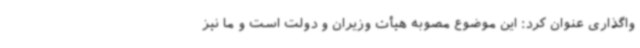
واگذاری عنوان کرد: این موضوع مصوبه هیأت وزیران و دولت است و ما نیز